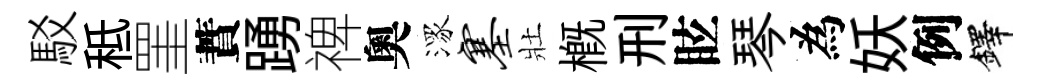
駁秪罣蕡踴禆奧潈塞壯概刑眩琴為妖例鐸